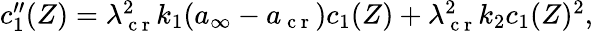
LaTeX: \begin{array}{r}{c_{1}^{\prime\prime}(Z)=\lambda_{\mathrm{~c~r~}}^{2}k_{1}({a}_{\infty}-{a}_{\mathrm{~c~r~}})c_{1}(Z)+\lambda_{\mathrm{~c~r~}}^{2}k_{2}c_{1}(Z)^{2},}\end{array}